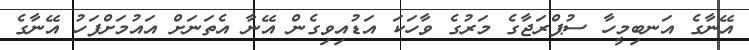
އޭނާގެ އަނބިމީހާ ސުޕްރަޖާގެ މަރުގެ ވާހަކަ އަޑުއިވިގެން އޭނާ އެތަނަށް އައުމަށްފަހު އޭނާގެ